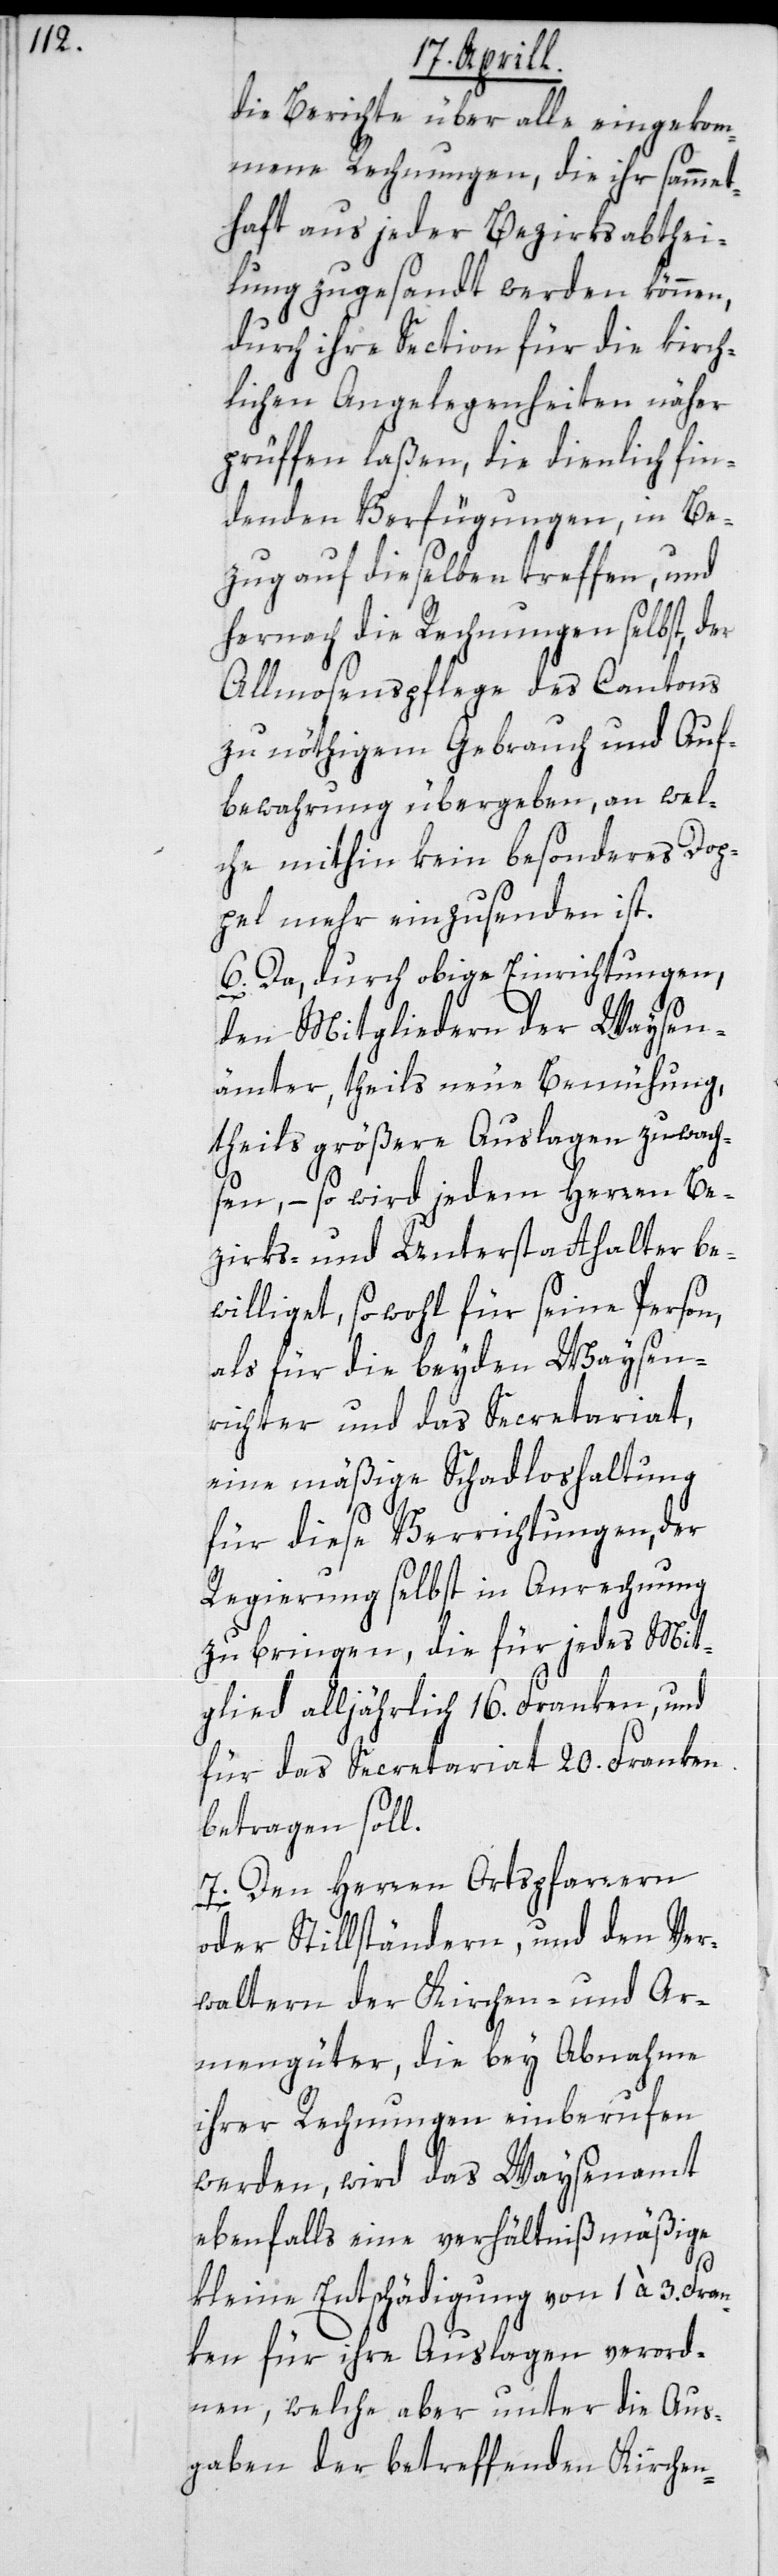
die Berichte über alle eingekom¬
mene Rechnungen, die ihr sammet¬
haft aus jeder Bezirksabthei¬
lung zugesandt werden können,
durch ihre Section für die kirch¬
lichen Angelegenheiten näher
prüffen laßen, die dienlich fin¬
denden Verfügungen, in Be¬
zug auf dieselben treffen, und
hernach die Rechnungen selbst, der
Allmosenpflege des Cantons
zu nöthigem Gebrauch und Auf¬
bewahrung übergeben, an wel¬
che mithin kein besonderes Dop¬
pel mehr einzusenden ist.
6. Da, durch obige Einrichtungen,
den Mitgliedern der Waysen¬
ämter, theils neue Bemühung,
theils größere Auslagen zuwach¬
sen, – so wird jedem Herren Be¬
zirks- und Unterstatthalter be¬
williget, sowohl für seine Person,
als für die beyden Waysen¬
richter und das Secretariat,
eine mäßige Schadloshaltung
für diese Verrichtungen, der
Regierung selbst in Anrechnung
zu bringen, die für jedes Mit¬
glied alljährlich 16. Franken, und
für das Secretariat 20. Franken
betragen soll.
7. Den Herren Ortspfarrern
oder Stillständern und den Ver¬
waltern der Kirchen- und Ar¬
mengüter, die bey Abnahme
ihrer Rechnungen einberufen
werden, wird das Waysenamt
ebenfalls eine verhältnißmäßige
kleine Entschädigung von 1 à 3. Fran¬
ken für ihre Auslagen verord¬
nen, welche aber unter die Aus¬
gaben der betreffenden Kirchen-